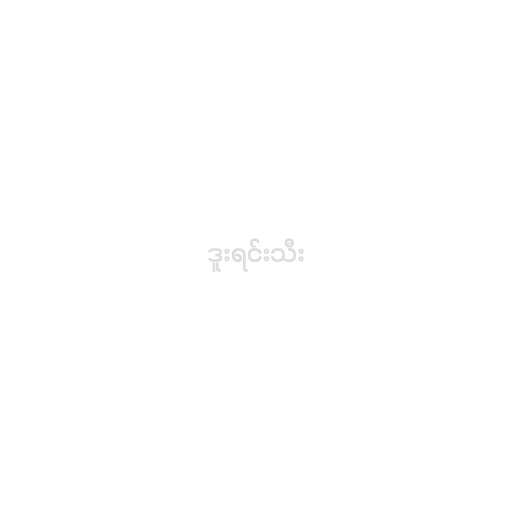
ဒူးရင်းသီး